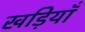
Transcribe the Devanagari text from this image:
खड़ियाँ